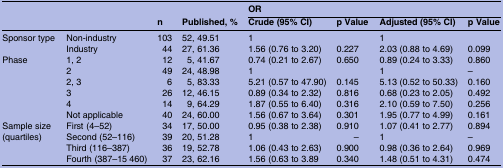
<table><thead><tr><td colspan="2"><b> </b></td><td colspan="2"><b> </b></td><td colspan="4"><b>OR</b></td></tr><tr><td colspan="2"><b> </b></td><td><b>n</b></td><td><b>Published, %</b></td><td><b>Crude (95% CI)</b></td><td><b>p Value</b></td><td><b>Adjusted (95% CI)</b></td><td><b>p Value</b></td></tr></thead><tbody><tr><td rowspan="2">Sponsor type</td><td>Non-industry</td><td>103</td><td>52, 49.51</td><td>1</td><td></td><td>1</td><td></td></tr><tr><td>Industry</td><td>44</td><td>27, 61.36</td><td>1.56 (0.76 to 3.20)</td><td>0.227</td><td>2.03 (0.88 to 4.69)</td><td>0.099</td></tr><tr><td rowspan="6">Phase</td><td>1, 2</td><td>12</td><td>5, 41.67</td><td>0.74 (0.21 to 2.67)</td><td>0.650</td><td>0.89 (0.24 to 3.33)</td><td>0.860</td></tr><tr><td>2</td><td>49</td><td>24, 48.98</td><td>1</td><td></td><td>1</td><td>–</td></tr><tr><td>2, 3</td><td>6</td><td>5, 83.33</td><td>5.21 (0.57 to 47.90)</td><td>0.145</td><td>5.13 (0.52 to 50.33)</td><td>0.160</td></tr><tr><td>3</td><td>26</td><td>12, 46.15</td><td>0.89 (0.34 to 2.32)</td><td>0.816</td><td>0.68 (0.23 to 2.05)</td><td>0.492</td></tr><tr><td>4</td><td>14</td><td>9, 64.29</td><td>1.87 (0.55 to 6.40)</td><td>0.316</td><td>2.10 (0.59 to 7.50)</td><td>0.256</td></tr><tr><td>Not applicable</td><td>40</td><td>24, 60.00</td><td>1.56 (0.67 to 3.64)</td><td>0.301</td><td>1.95 (0.77 to 4.99)</td><td>0.161</td></tr><tr><td rowspan="4">Sample size (quartiles)</td><td>First (4–52)</td><td>34</td><td>17, 50.00</td><td>0.95 (0.38 to 2.38)</td><td>0.910</td><td>1.07 (0.41 to 2.77)</td><td>0.894</td></tr><tr><td>Second (52–116)</td><td>39</td><td>20, 51.28</td><td>1</td><td>–</td><td>1</td><td>–</td></tr><tr><td>Third (116–387)</td><td>36</td><td>19, 52.78</td><td>1.06 (0.43 to 2.63)</td><td>0.900</td><td>0.98 (0.36 to 2.64)</td><td>0.969</td></tr><tr><td>Fourth (387–15 460)</td><td>37</td><td>23, 62.16</td><td>1.56 (0.63 to 3.89</td><td>0.340</td><td>1.48 (0.51 to 4.31)</td><td>0.474</td></tr></tbody></table>